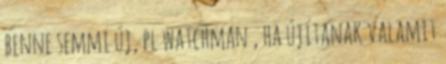
benne semmi új, pl watchman , ha újítanak valamit